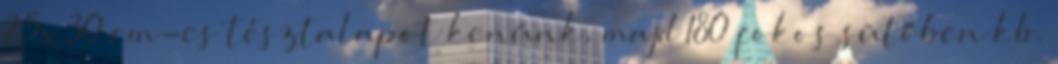
25x30 cm-es tésztalapot kenünk, majd 180 fokos sütőben kb.